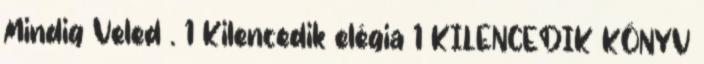
Mindig Veled . 1 Kilencedik elégia 1 KILENCEDIK KÖNYV